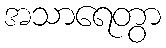
အသာရေတွာ